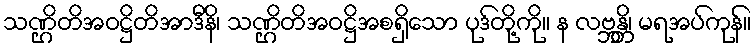
သဏ္ဌိတိအဝဋ္ဌိတိအာဒီနိ၊ သဏ္ဌိတိအဝဋ္ဌိအစရှိသော ပုဒ်တို့ကို။ န လဗ္ဘန္တိ၊ မရအပ်ကုန်။